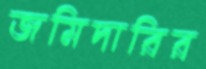
জমিদারির